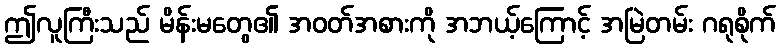
ဤလူကြီးသည် မိန်းမတွေ၏ အဝတ်အစားကို အဘယ့်ကြောင့် အမြဲတမ်း ဂရုစိုက်